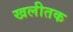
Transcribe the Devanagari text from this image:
खलीतक